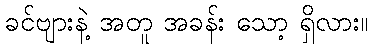
ခင်ဗျားနဲ့ အတူ အခန်း သော့ ရှိလား။